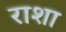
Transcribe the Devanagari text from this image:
राशा